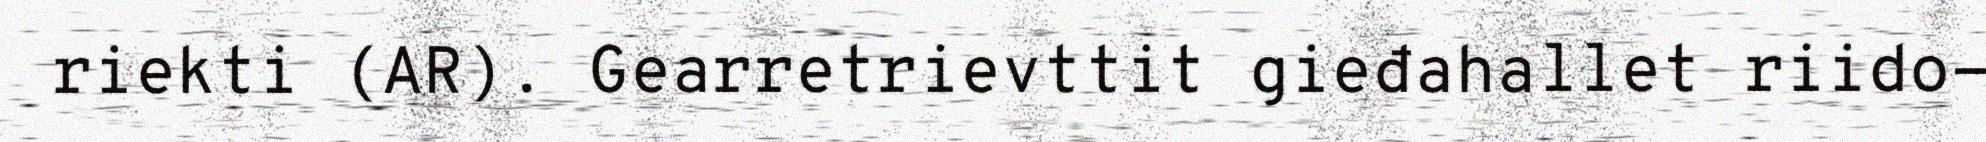
riekti (AR). Gearretrievttit gieđahallet riido-